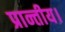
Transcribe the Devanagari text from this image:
प्रान्तीय।